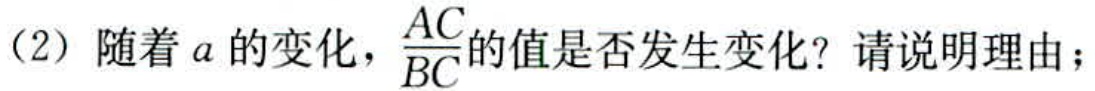
（2）随着\(a\)的变化，\(\frac{AC}{BC}\)的值是否发生变化？请说明理由；